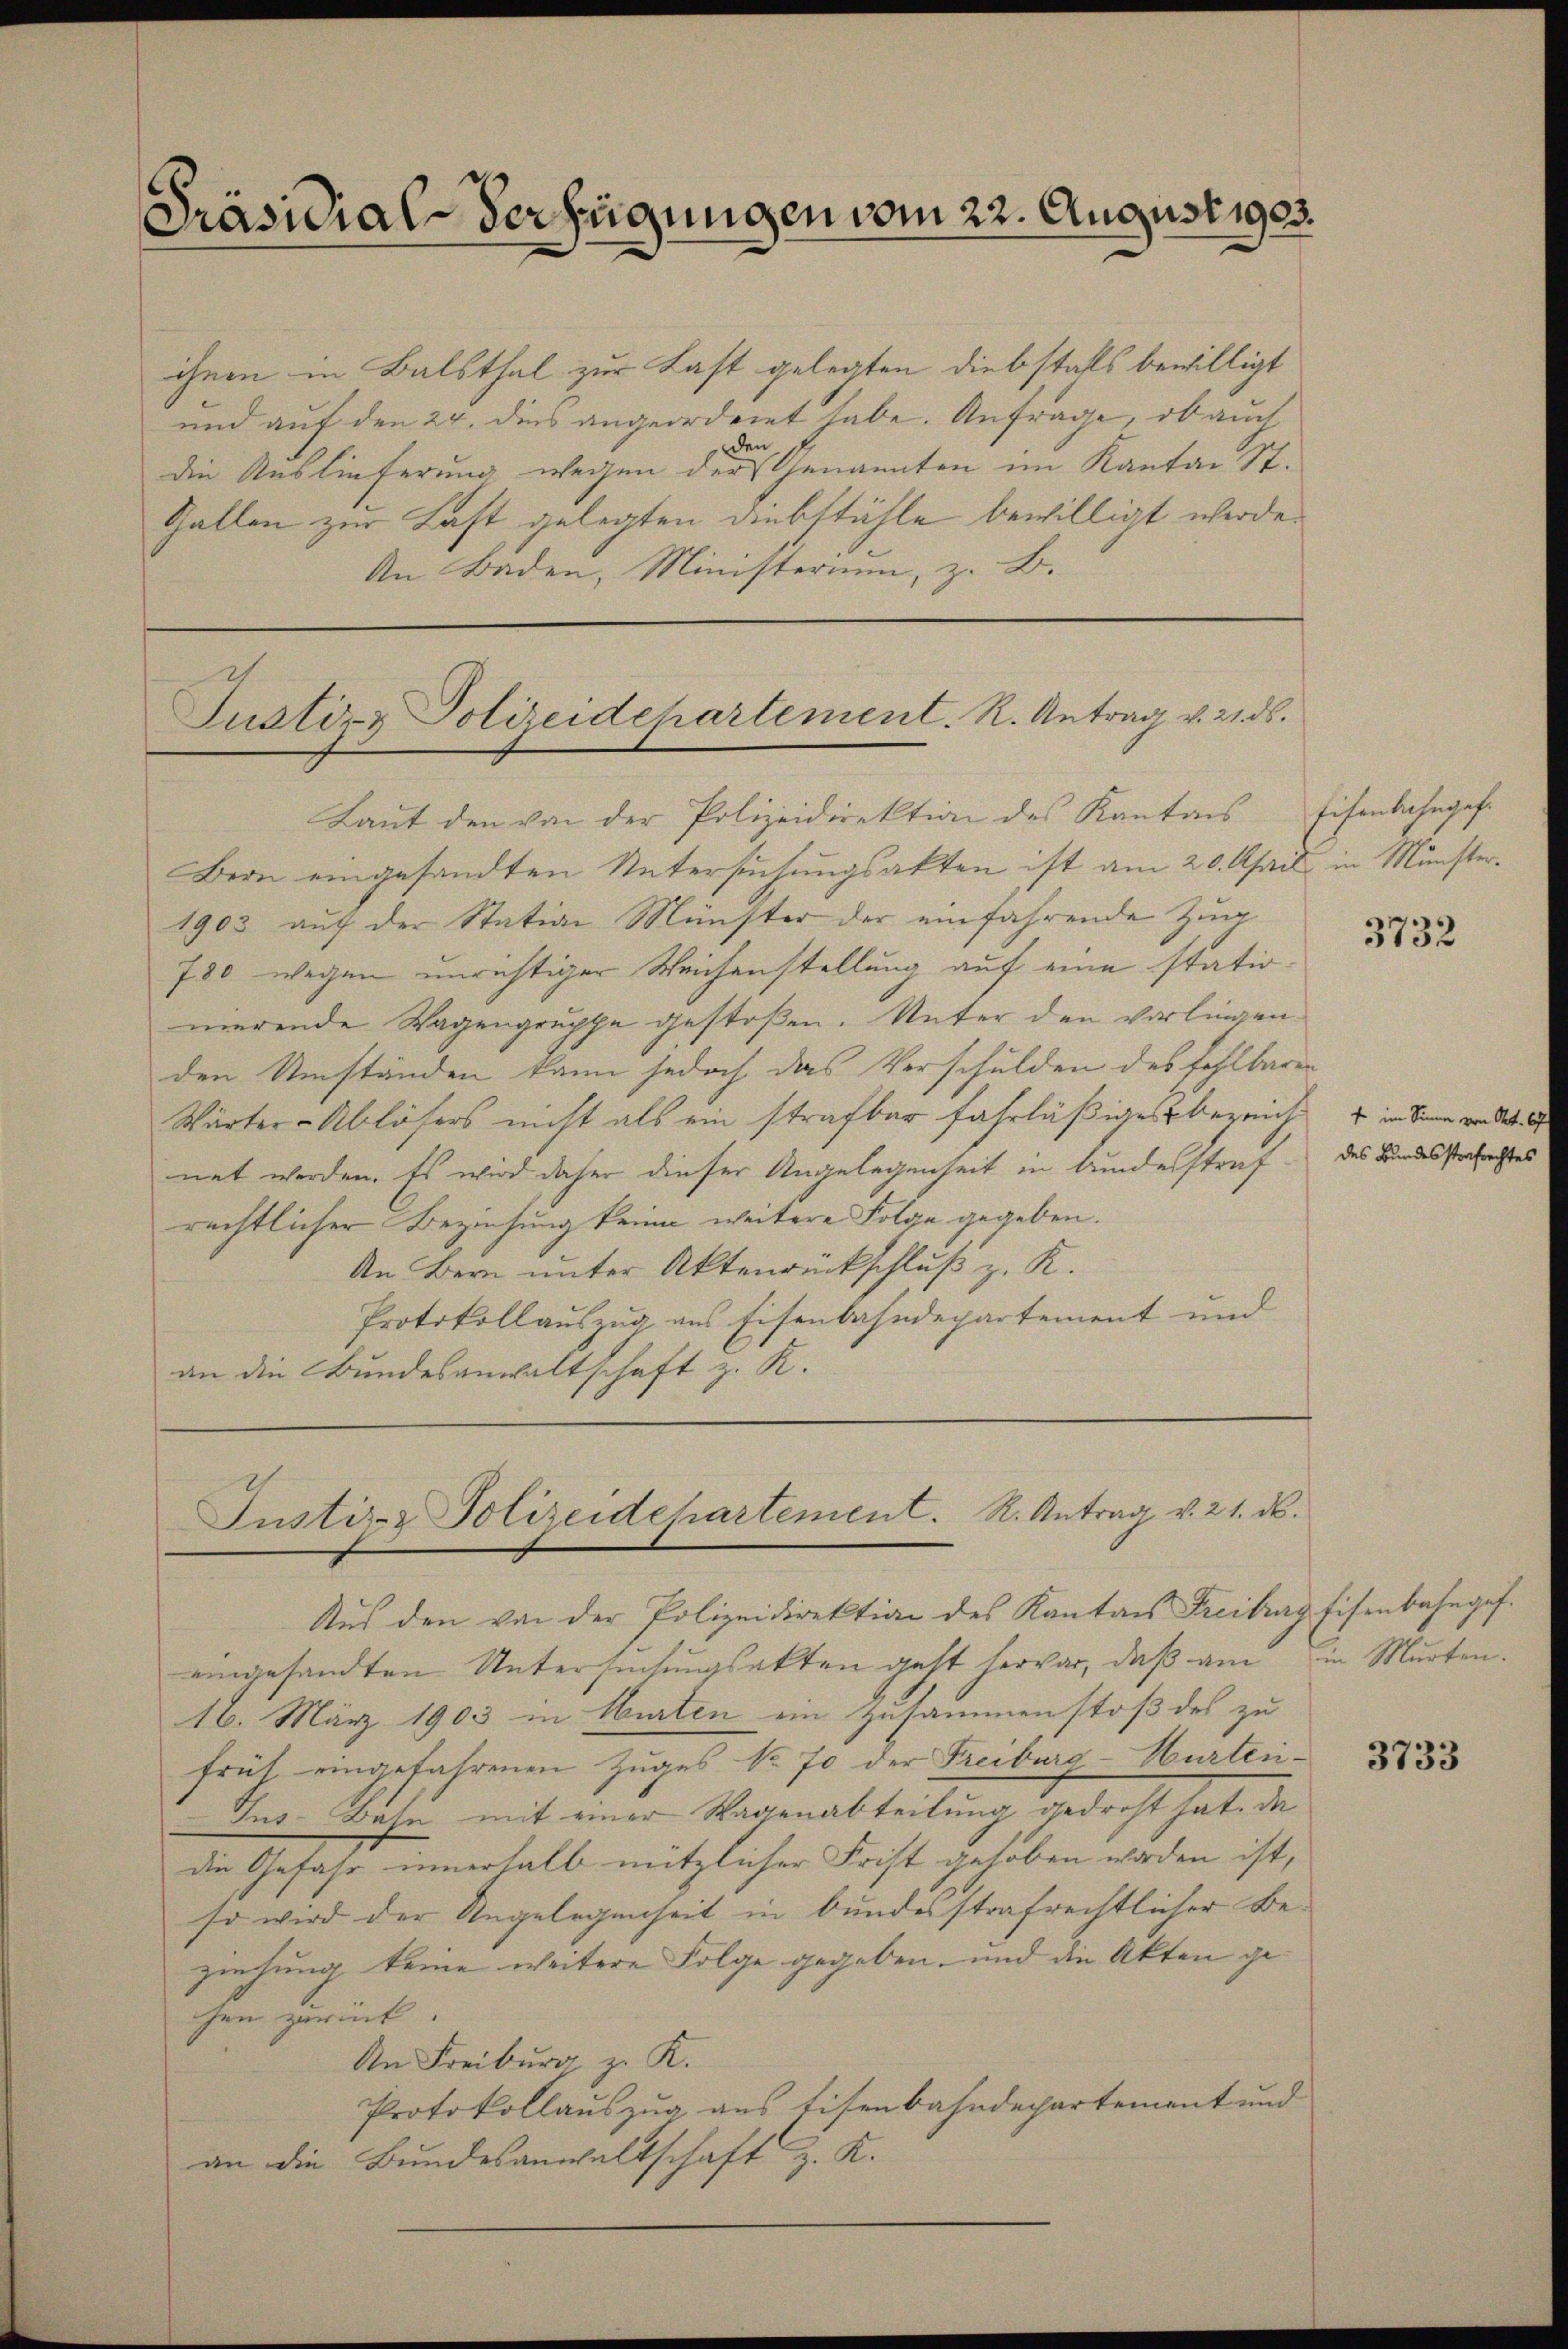
Präsidial-Verfügungen vom 22. August 1903.

ihnen in Balsthal zur Last gelegten diebstahls bewilligt
und auf den 24. dies angeordnet habe. Anfrage, ob auch
den
die Auslieferung wegen der Genannten im Kanton St.
Gallen zur Last gelegten Diebstühle bewilligt werde.
An Baden, Ministerium, z. B.

Justiz & Polizeidehartement. R. Antrag v. 21. ds.
Laut den von der Polizeidirektion des Kantons

Justiz & Polizeidehartement. R. Antrag v. 21. d.
Aus den von der Polizeidirektion des Kantons Freiburg Eisenbahngef.

Bein eingesandten Untersuchungsakten ist am 20. April in Münster¬
1903 auf der Station Münster der einfahrende Zug
780 wegen unrichtiger Weichenstellung auf eine stationierende Wagengruppe gestoßen. Unter den vorliegen
den Umständen kann jedoch das Verschulden des fehlbaren
Wärter-Ablösers nicht als ein strafbar fahrläßiges bezeich im Sinne vor der
net werden. Es wird daher dieser Angelegenheit in bundesstraf
rechtlicher Beziehung keine weitere Folge gegeben.
An Bern unter Aktenrückschluß z. K.
Protokollauszug aus Eisenbahndepartement und
an die Bundesanwaltschaft z. R.

eingesandten Untersuchungsakten geht hervor, daß am in Murten.
16. März 1903 in Murten ein zusammenstoß des zu
früh eingefahrenen Zuges No. 70 der Freiburg-Hurten¬
Jus-Bahn mit einer Wagenabteilung gedroht hat. Da
die Gefahr innerhalb nützlicher Frist gehoben worden ist,
so wird der Angelegenheit in bundesstrafrechtlicher Beziehung keine weitere Folge gegeben, und die Akten gechen zurück.
An Freiburg z. K.
Protokollauszug aus Eisenbahndepartement und
an die Bundesanwaltschaft z. K.

schenbahn gehe

3732

des Bundesstrafrechtes

3733